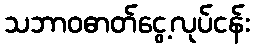
သဘာဝဓာတ်ငွေ့လုပ်ငန်း